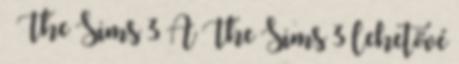
» The Sims 3 A The Sims 3 lehetővé